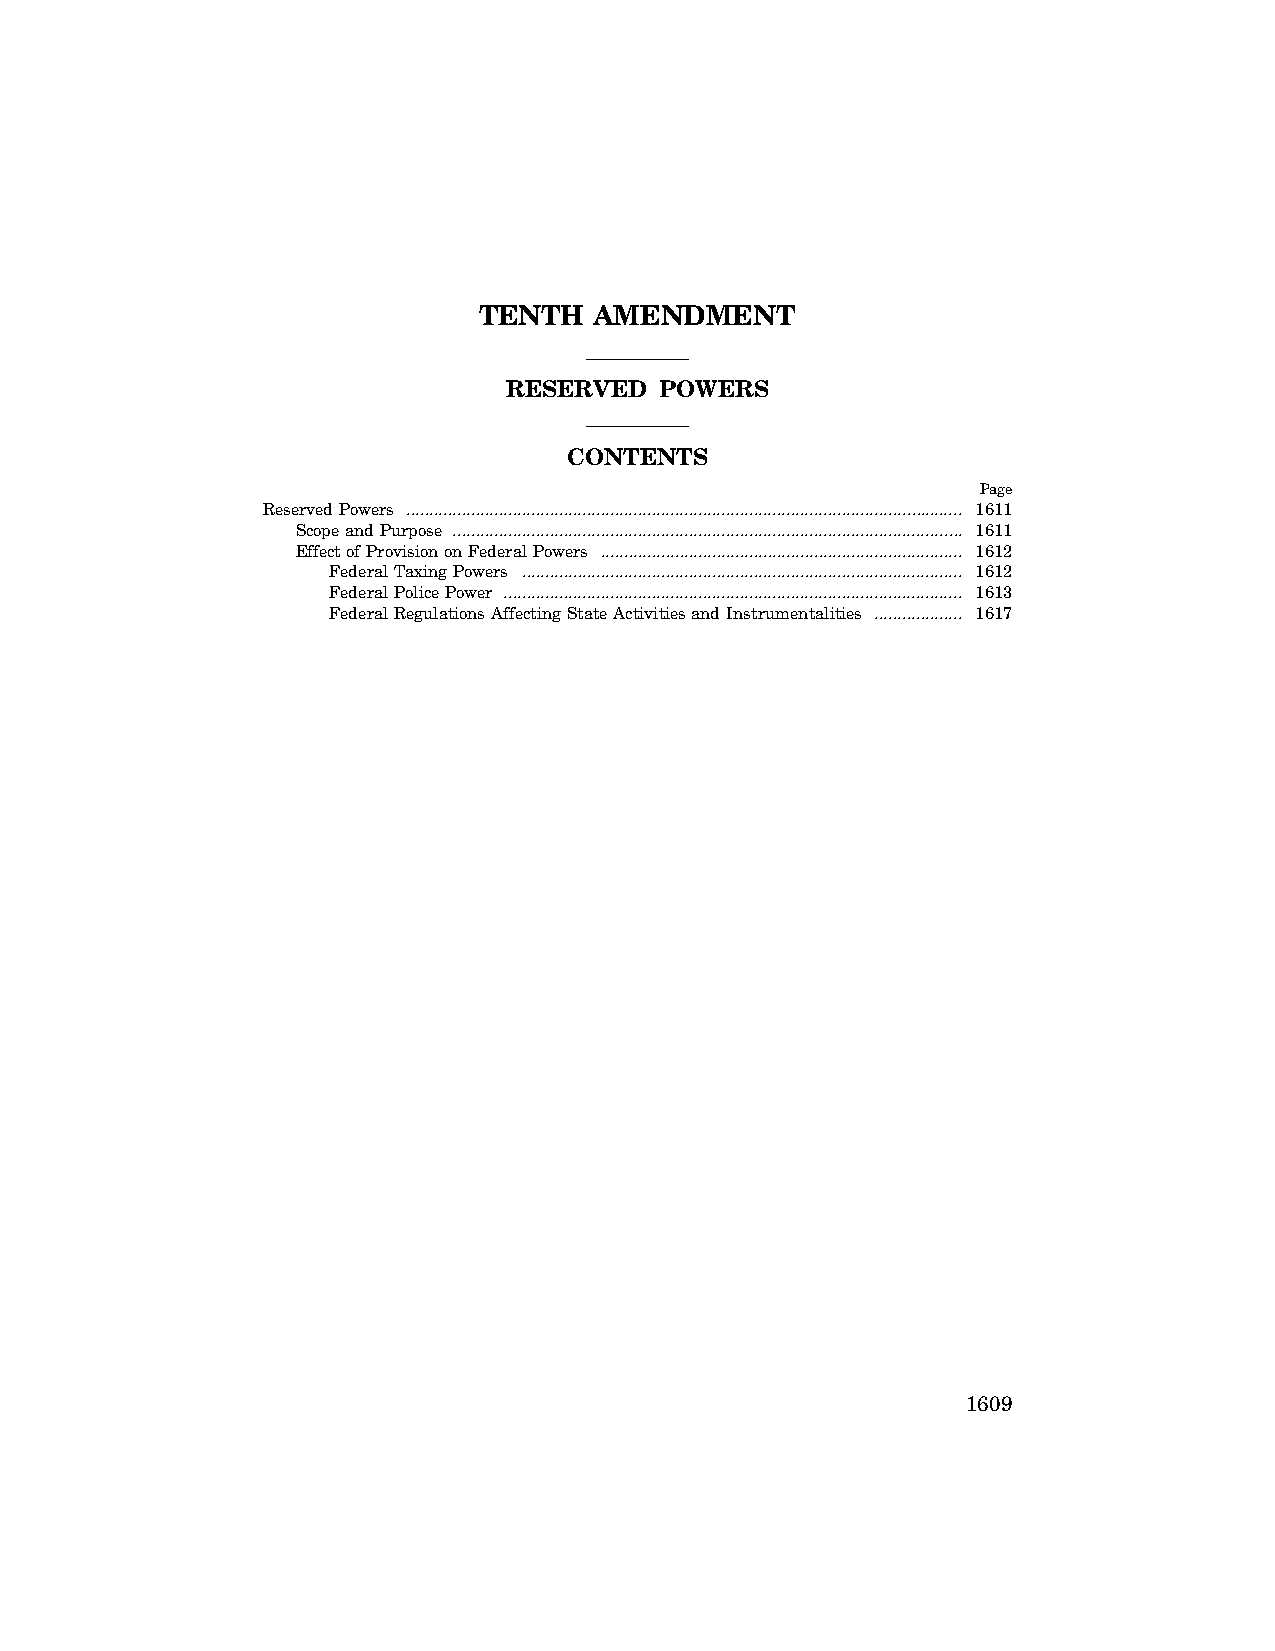
TENTH  AMENDMENT
 RESERVED  POWERS
 CONTENTS
 Page
 Reserved Powers ........................................................................................................................ 1611
 Scope and Purpose .............................................................................................................. 1611
 Effect of Provision on Federal Powers .............................................................................. 1612
 Federal Taxing Powers ............................................................................................... 1612
 Federal Police Power ................................................................................................... 1613
 Federal Regulations Affecting State Activities and Instrumentalities ................... 1617
 1609
 VerDate Apr 15 2004 12:39 Jun 25, 2004 Jkt 077500 PO 00000 Frm 00001 Fmt 8221 Sfmt 8221 C:\CONAN\CON038.XXX PRFM99 PsN: CON038